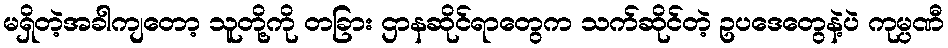
မရှိတဲ့အခါကျတော့ သူတို့ကို တခြား ဌာနဆိုင်ရာတွေက သက်ဆိုင်တဲ့ ဥပဒေတွေနဲ့ပဲ ကုမ္ပဏီ